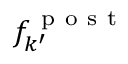
f _ { k ^ { \prime } } ^ { \mathrm { ~ p ~ o ~ s ~ t ~ } }